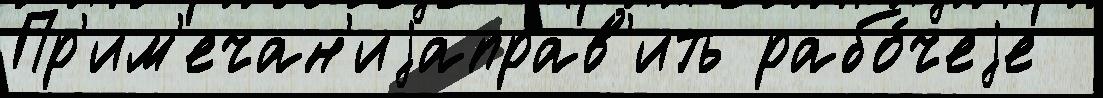
Пр'им'ечан'иjаправ'ить рабо́чеjе